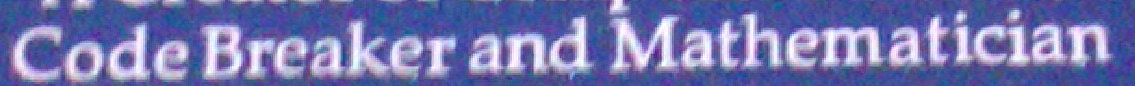
Code Breaker and Mathematician